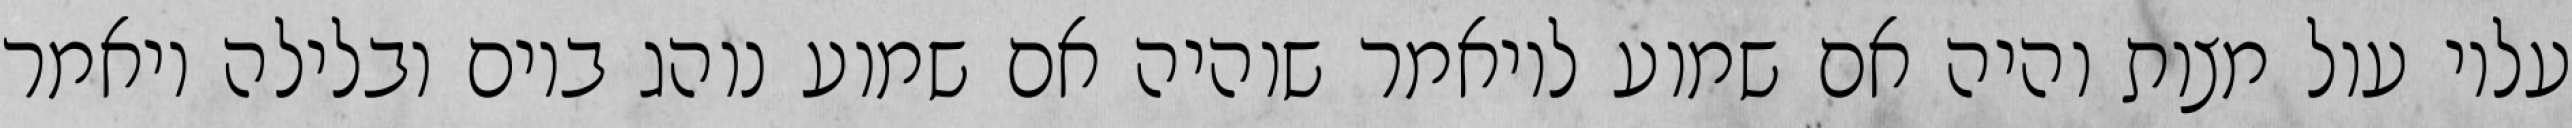
עליו עול מצות והיה אם שמוע לויאמר שוהיה אם שמוע נוהג ביום ובלילה ויאמר